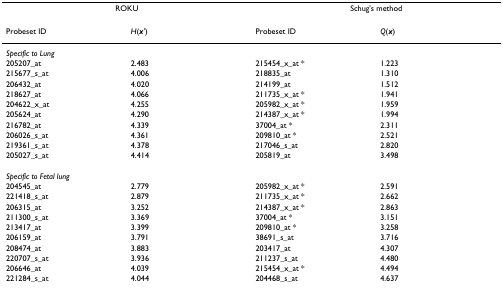
<table><thead><tr><td colspan="2"><b>ROKU</b></td><td colspan="2"><b>Schug&#x27;s method</b></td></tr></thead><tbody><tr><td>Probeset ID</td><td><i>H</i>(<b><i>x</i></b>&#x27;)</td><td>Probeset ID</td><td><i>Q</i>(<b><i>x</i></b>)</td></tr><tr><td><i>Specific to Lung</i></td><td></td><td></td><td></td></tr><tr><td>205207_at</td><td>2.483</td><td>215454_x_at *</td><td>1.223</td></tr><tr><td>215677_s_at</td><td>4.006</td><td>218835_at</td><td>1.310</td></tr><tr><td>206432_at</td><td>4.020</td><td>214199_at</td><td>1.512</td></tr><tr><td>218627_at</td><td>4.066</td><td>211735_x_at *</td><td>1.941</td></tr><tr><td>204622_x_at</td><td>4.255</td><td>205982_x_at *</td><td>1.959</td></tr><tr><td>205624_at</td><td>4.290</td><td>214387_x_at *</td><td>1.994</td></tr><tr><td>216782_at</td><td>4.339</td><td>37004_at *</td><td>2.311</td></tr><tr><td>206026_s_at</td><td>4.361</td><td>209810_at *</td><td>2.521</td></tr><tr><td>219361_s_at</td><td>4.378</td><td>217046_s_at</td><td>2.820</td></tr><tr><td>205027_s_at</td><td>4.414</td><td>205819_at</td><td>3.498</td></tr><tr><td><i>Specific to Fetal lung</i></td><td></td><td></td><td></td></tr><tr><td>204545_at</td><td>2.779</td><td>205982_x_at *</td><td>2.591</td></tr><tr><td>221418_s_at</td><td>2.879</td><td>211735_x_at *</td><td>2.662</td></tr><tr><td>206315_at</td><td>3.252</td><td>214387_x_at *</td><td>2.863</td></tr><tr><td>211300_s_at</td><td>3.369</td><td>37004_at *</td><td>3.151</td></tr><tr><td>213417_at</td><td>3.399</td><td>209810_at *</td><td>3.258</td></tr><tr><td>206159_at</td><td>3.791</td><td>38691_s_at</td><td>3.716</td></tr><tr><td>208474_at</td><td>3.883</td><td>203417_at</td><td>4.307</td></tr><tr><td>220707_s_at</td><td>3.936</td><td>211237_s_at</td><td>4.480</td></tr><tr><td>206646_at</td><td>4.039</td><td>215454_x_at *</td><td>4.494</td></tr><tr><td>221284_s_at</td><td>4.044</td><td>204468_s_at</td><td>4.637</td></tr></tbody></table>